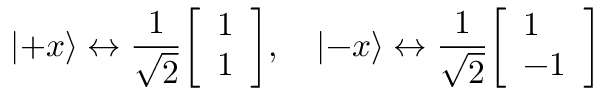
\left| + x \right\rangle \leftrightarrow { \frac { 1 } { \sqrt { 2 } } } { \left[ \begin{array} { l } { 1 } \\ { 1 } \end{array} \right] } , \quad \left| - x \right\rangle \leftrightarrow { \frac { 1 } { \sqrt { 2 } } } { \left[ \begin{array} { l } { 1 } \\ { - 1 } \end{array} \right] }